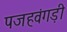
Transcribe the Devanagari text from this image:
पजहवंगड़ी